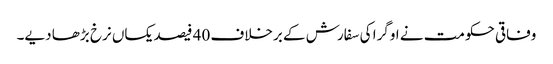
وفاقی حکومت نے اوگرا کی سفارش کے برخلاف 40 فیصد یکساں نرخ بڑھا دیے۔